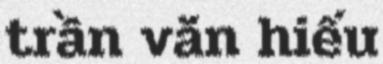
trần văn hiếu